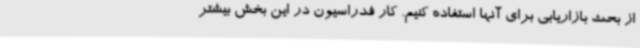
از بحث بازاریابی برای آنها استفاده کنیم. کار فدراسیون در این بخش بیشتر